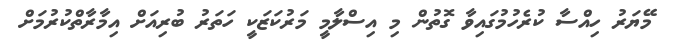
މޭޔަރު ހިއްސާ ކުރެހުމުގައިވާ ގޮތުން މި އިސްލާމީ މަރުކަޒަކީ ހަތަރު ބުރިއަށް އިމާރާތްކުރުމަށް